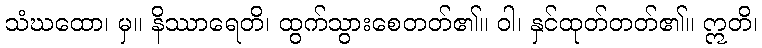
သံဃထော၊ မှ။ နိဿာရေတိ၊ ထွက်သွားစေတတ်၏။ ဝါ၊ နှင်ထုတ်တတ်၏။ ဣတိ၊